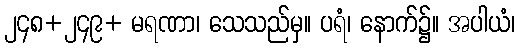
၂၄၈+၂၄၉+ မရဏာ၊ သေသည်မှ။ ပရံ၊ နောက်၌။ အပါယံ၊